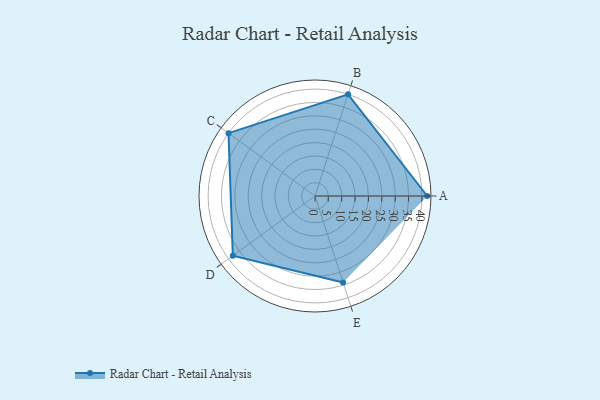
{"axis": {"x": "Skill", "y": "Score"}, "legend": ["Profile"], "data": [{"x": "A", "y": 42.0, "type": "Profile"}, {"x": "B", "y": 40.0, "type": "Profile"}, {"x": "C", "y": 40.0, "type": "Profile"}, {"x": "D", "y": 38.0, "type": "Profile"}, {"x": "E", "y": 34.0, "type": "Profile"}]}